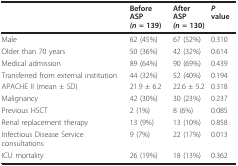
<table><thead><tr><td></td><td><b>Before ASP<i>(n </i>= 139)</b></td><td><b>After ASP<i>(n </i>= 130)</b></td><td><b><i>P </i>value</b></td></tr></thead><tbody><tr><td>Male</td><td>62 (45%)</td><td>67 (52%)</td><td>0.310</td></tr><tr><td>Older than 70 years</td><td>50 (36%)</td><td>42 (32%)</td><td>0.614</td></tr><tr><td>Medical admission</td><td>89 (64%)</td><td>90 (69%)</td><td>0.439</td></tr><tr><td>Transferred from external institution</td><td>44 (32%)</td><td>52 (40%)</td><td>0.194</td></tr><tr><td>APACHE II (mean ± SD)</td><td>21.9 ± 6.2</td><td>22.6 ± 5.2</td><td>0.318</td></tr><tr><td>Malignancy</td><td>42 (30%)</td><td>30 (23%)</td><td>0.237</td></tr><tr><td>Previous HSCT</td><td>2 (1%)</td><td>8 (6%)</td><td>0.085</td></tr><tr><td>Renal replacement therapy</td><td>13 (9%)</td><td>13 (10%)</td><td>0.858</td></tr><tr><td>Infectious Disease Service consultations</td><td>9 (7%)</td><td>22 (17%)</td><td>0.013</td></tr><tr><td>ICU mortality</td><td>26 (19%)</td><td>18 (13%)</td><td>0.362</td></tr></tbody></table>